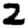
Digit: 2